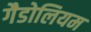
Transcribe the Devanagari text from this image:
गैडोलियम